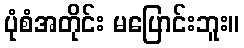
ပုံစံအတိုင်း မပြောင်းဘူး။